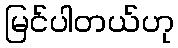
မြင်ပါတယ်ဟု